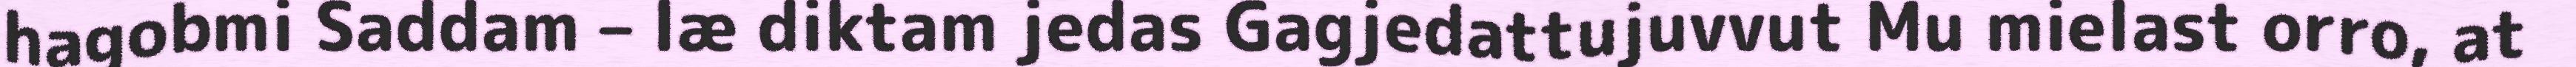
hagobmi Saddam – læ diktam jedas Gagjedattujuvvut Mu mielast orro, at